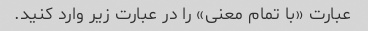
عبارت «با تمام معنی» را در عبارت زیر وارد کنید.